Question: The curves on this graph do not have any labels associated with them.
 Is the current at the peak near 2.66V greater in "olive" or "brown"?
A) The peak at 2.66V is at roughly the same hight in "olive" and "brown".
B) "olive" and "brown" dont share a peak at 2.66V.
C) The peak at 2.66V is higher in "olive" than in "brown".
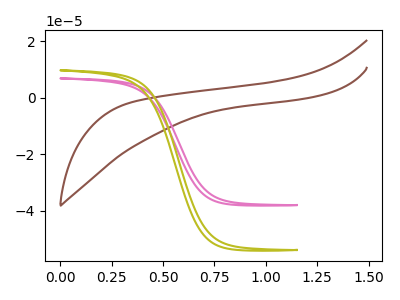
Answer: <think>The brown curve "brown" has no peaks. The pink curve "pink" has no peaks. The olive curve "olive" has no peaks.</think>
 <answer>B) "olive" and "brown" dont share a peak at 2.66V.</answer>
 <eval>B</eval>